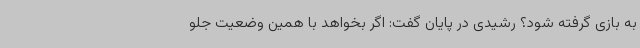
به بازی گرفته شود؟ رشیدی در پایان گفت: اگر بخواهد با همین وضعیت جلو